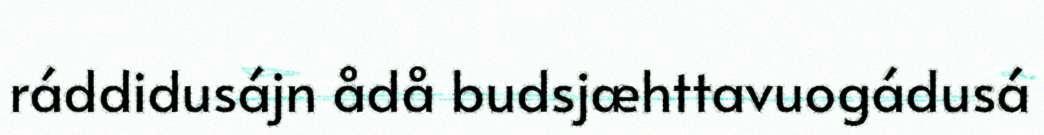
ráddidusájn ådå budsjæhttavuogádusá